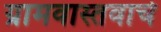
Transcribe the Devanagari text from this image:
ग्रामवास्तवाचे